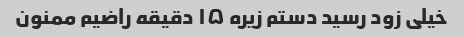
خیلی زود رسید دستم زیره ۱۵ دقیقه راضیم ممنون